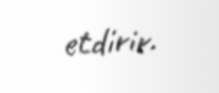
etdirir.